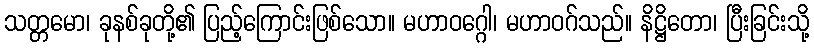
သတ္တမော၊ ခုနစ်ခုတို့၏ ပြည့်ကြောင်းဖြစ်သော။ မဟာဝဂ္ဂေါ၊ မဟာဝဂ်သည်။ နိဋ္ဌိတော၊ ပြီးခြင်းသို့